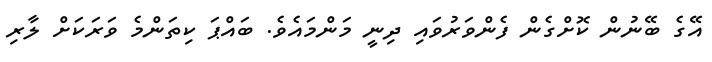
އޭގެ ބޭނުން ކޮށްގެން ފެންވަރުވައި ދިނީ މަންމައެވެ. ބައްޕަ ކިތަންމެ ވަރަކަށް ލާރި